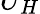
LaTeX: \smash{\widetilde{U}}_{H}